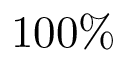
1 0 0 \%